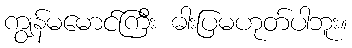
ကျွန်မမောင်ကြီး ဓါးပြမဟုတ်ပါဘူး။